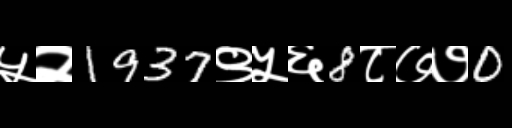
Text: ५२1937९५६8८७७0